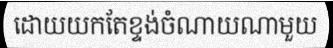
ដោយយកតែខ្ទង់ចំណាយណាមួយ